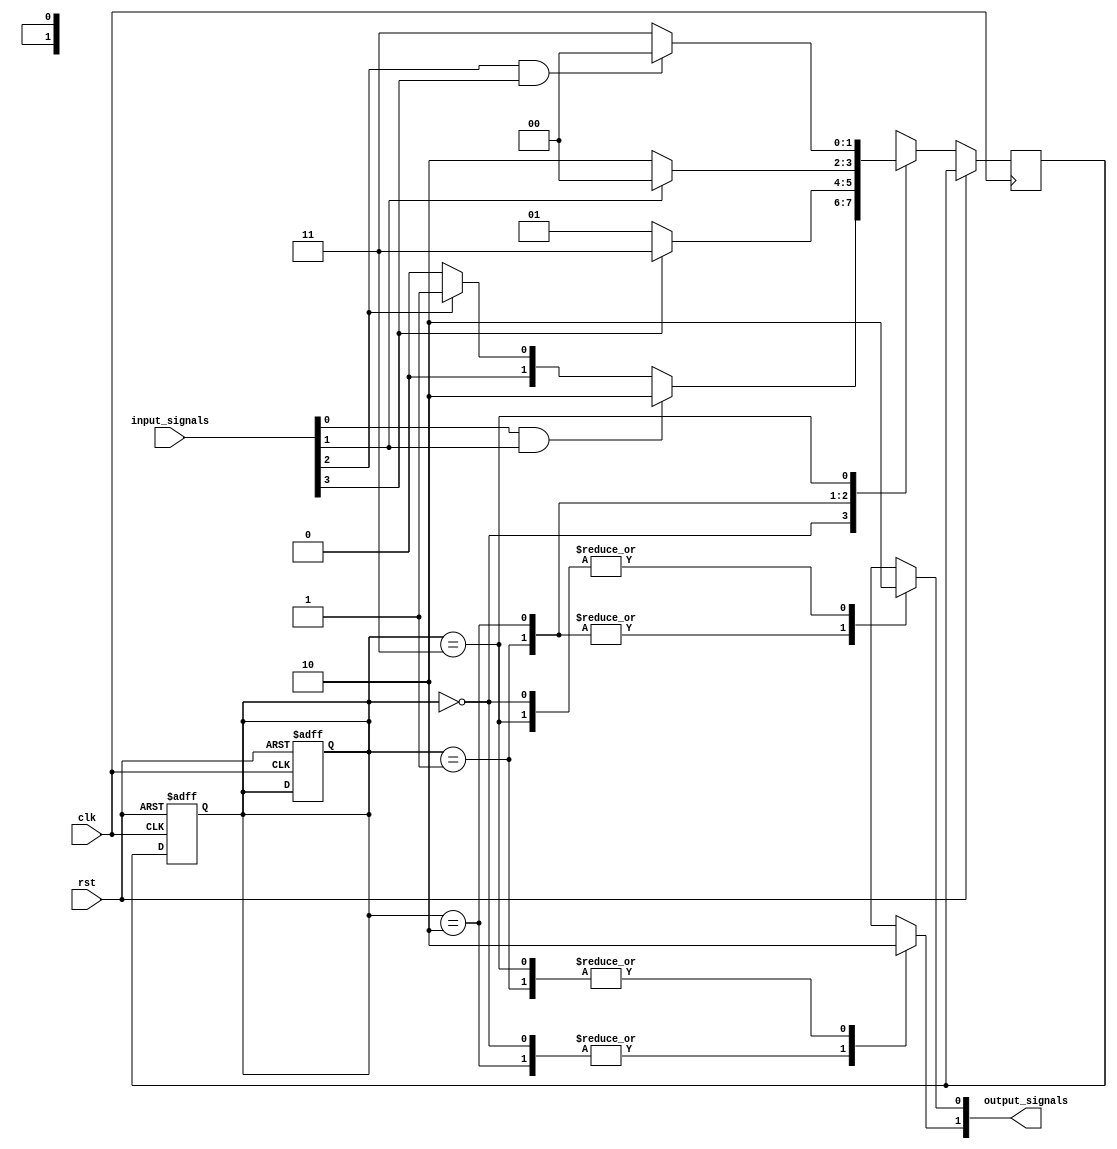
module state_machine (
    input wire clk,
    input wire rst,
    input wire [N-1:0] input_signals,
    output reg [M-1:0] output_signals
);

parameter N = 4; // Number of input signals
parameter M = 2; // Number of output signals

// Define state encoding
parameter STATE_A = 2'b00;
parameter STATE_B = 2'b01;
parameter STATE_C = 2'b10;
parameter STATE_D = 2'b11;

// Define states
reg [1:0] state_reg, next_state;

// State transitions and priority encoding
always @ (posedge clk or posedge rst) begin
    if (rst)begin
        state_reg <= STATE_A;
    end else begin
        case (state_reg)
            STATE_A: begin
                if (input_signals[0] && input_signals[1])begin
                    next_state <= STATE_C;
                end else if (input_signals[2])begin
                    next_state <= STATE_B;
                end else begin
                    next_state <= STATE_A;
                end
            end
            STATE_B: begin
                if (input_signals[3])begin
                    next_state <= STATE_D;
                end else begin
                    next_state <= STATE_B;
                end
            end
            STATE_C: begin
                if (input_signals[1])begin
                    next_state <= STATE_A;
                end else begin
                    next_state <= STATE_C;
                end
            end
            STATE_D: begin
                if (input_signals[2] && input_signals[3])begin
                    next_state <= STATE_A;
                end else begin
                    next_state <= STATE_D;
                end
            end
        endcase
    end
end

// State register
always @ (posedge clk or posedge rst) begin
    if (rst) begin
        state_reg <= STATE_A;
    end else begin
        state_reg <= next_state;
    end
end

// Output logic based on current state
always @ (*) begin
    case (state_reg)
        STATE_A: begin
            output_signals[0] <= 1'b0;
            output_signals[1] <= 1'b1;
        end
        STATE_B: begin
            output_signals[0] <= 1'b1;
            output_signals[1] <= 1'b0;
        end
        STATE_C: begin
            output_signals[0] <= 1'b1;
            output_signals[1] <= 1'b1;
        end
        STATE_D: begin
            output_signals[0] <= 1'b0;
            output_signals[1] <= 1'b0;
        end
    endcase
end

endmodule